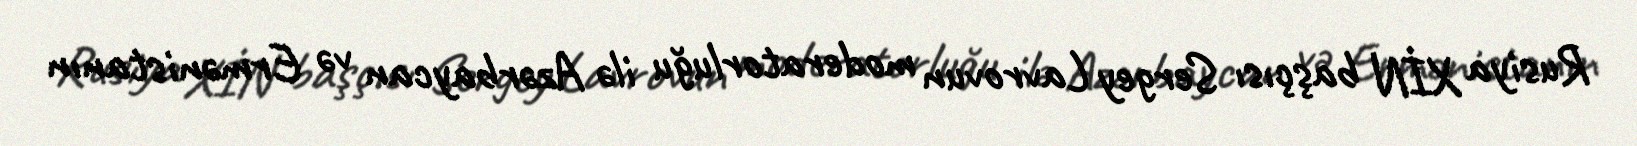
Rusiya XİN başçısı Sergey Lavrovun moderatorluğu ilə Azərbaycan və Ermənistanın